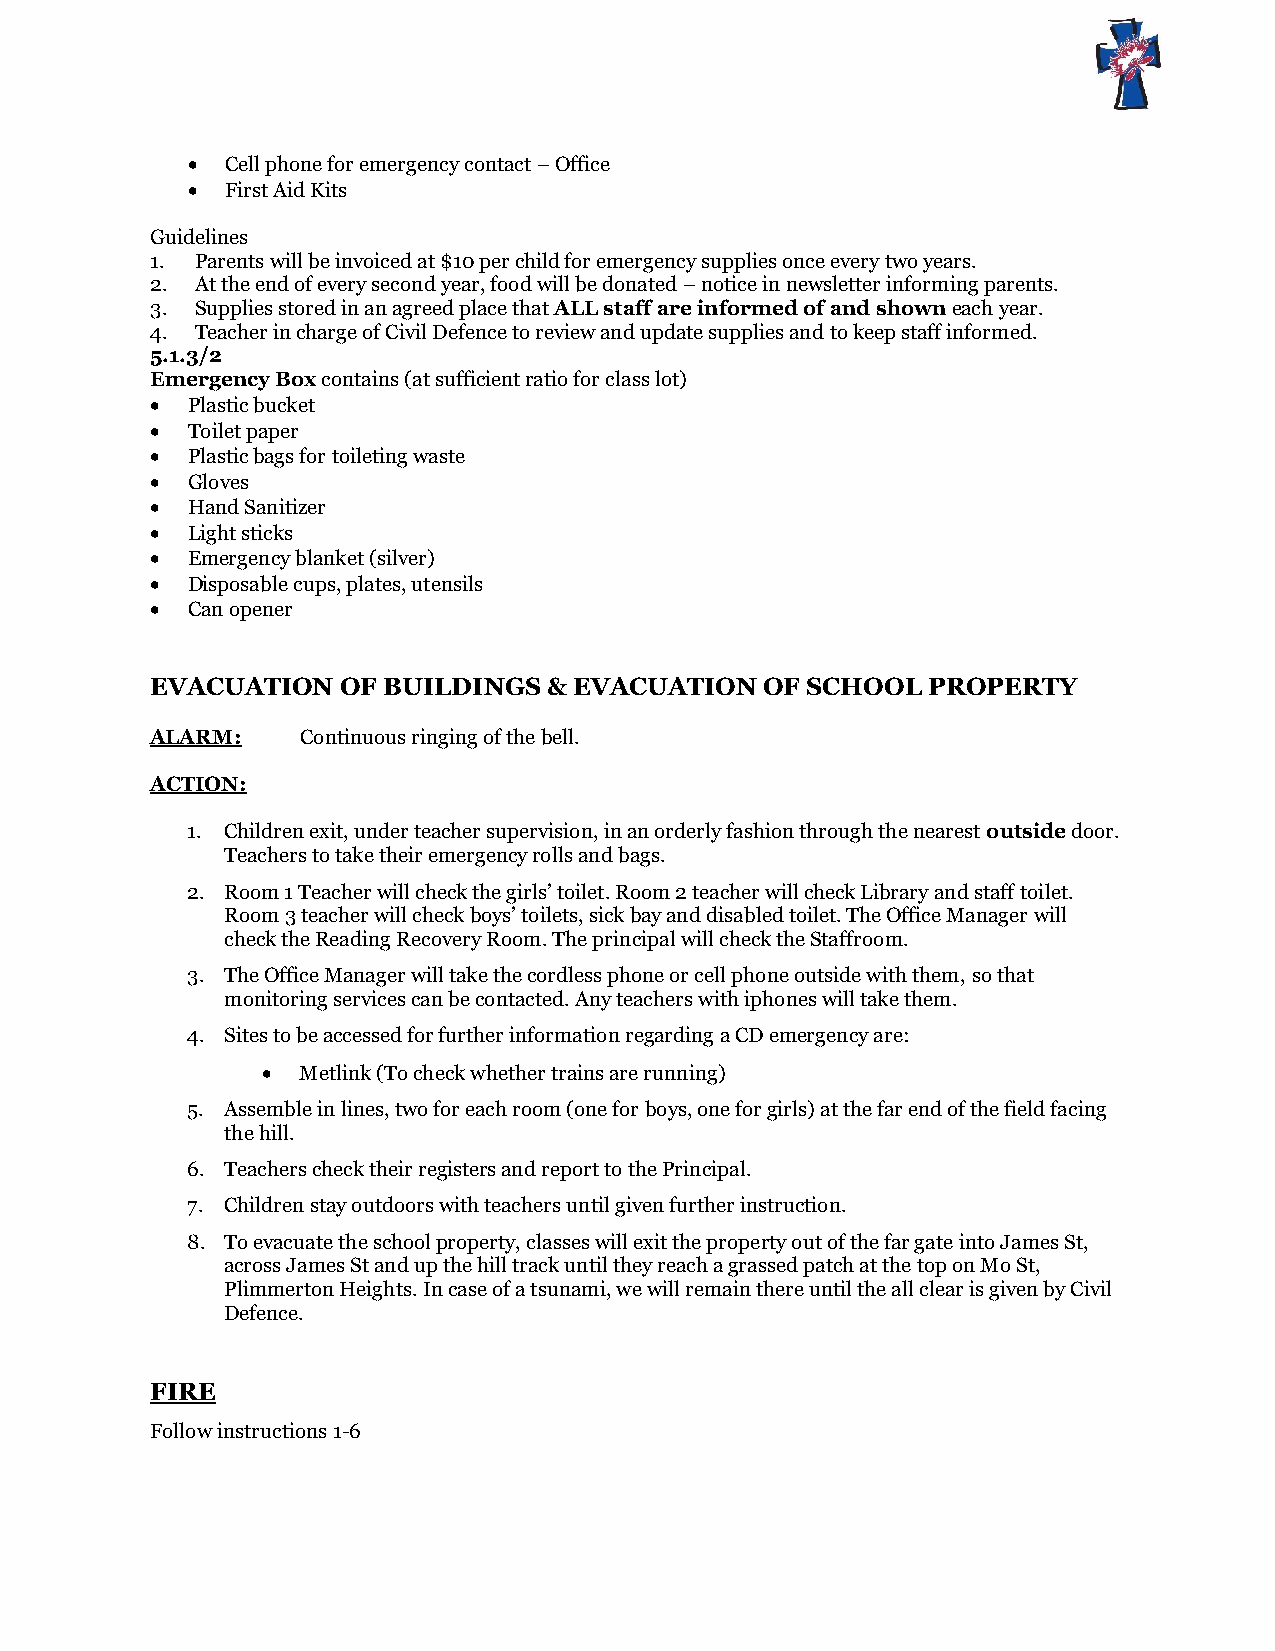
  Cell phone for emergency contact – Office
   First Aid Kits
 Guidelines
 1. Parents will be invoiced at $10 per child for emergency supplies once every two years.
 2. At the end of every second year, food will be donated – notice in newsletter informing parents.
 3. Supplies stored in an agreed place that ALL staff are informed of and shown each year.
 4. Teacher in charge of Civil Defence to review and update supplies and to keep staff informed.
 5.1.3/2
 Emergency Box contains (at sufficient ratio for class lot)
  Plastic bucket
  Toilet paper
  Plastic bags for toileting waste
  Gloves
  Hand Sanitizer
  Light sticks
  Emergency blanket (silver)
  Disposable cups, plates, utensils
  Can opener
 EVACUATION  OF BUILDINGS  & EVACUATION   OF SCHOOL PROPERTY
 ALARM:    Continuous ringing of the bell.
 ACTION:
 1. Children exit, under teacher supervision, in an orderly fashion through the nearest outside door.
 Teachers to take their emergency rolls and bags.
 2. Room 1 Teacher will check the girls’ toilet. Room 2 teacher will check Library and staff toilet.
 Room 3 teacher will check boys’ toilets, sick bay and disabled toilet. The Office Manager will
 check the Reading Recovery Room. The principal will check the Staffroom.
 3. The Office Manager will take the cordless phone or cell phone outside with them, so that
 monitoring services can be contacted. Any teachers with iphones will take them.
 4. Sites to be accessed for further information regarding a CD emergency are:
   Metlink (To check whether trains are running)
 5. Assemble in lines, two for each room (one for boys, one for girls) at the far end of the field facing
 the hill.
 6. Teachers check their registers and report to the Principal.
 7. Children stay outdoors with teachers until given further instruction.
 8. To evacuate the school property, classes will exit the property out of the far gate into James St,
 across James St and up the hill track until they reach a grassed patch at the top on Mo St,
 Plimmerton Heights. In case of a tsunami, we will remain there until the all clear is given by Civil
 Defence.
 FIRE
 Follow instructions 1-6